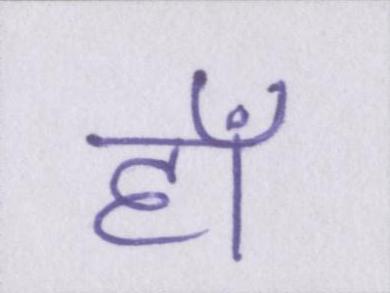
हाँ